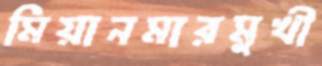
মিয়ানমারমুখী